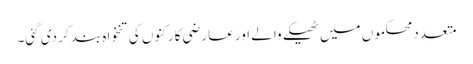
متعدد محکموں میں ٹھیکے والے اور عارضی کارکنوں کی تنخواہ بند کر دی گئی۔